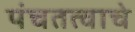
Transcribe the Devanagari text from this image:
पंचतत्वाचे